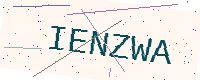
Text: IENZWA